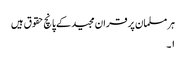
ہر مسلمان پر قران مجید کے پانچ حقوق ہیں
۱۔